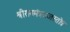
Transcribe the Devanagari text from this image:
श्रीराममंत्रराजस्तोत्रं